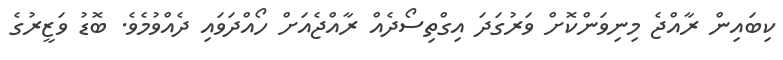
ކިބައިން ރާއްޖެ މިނިވަންކޮށް ވަރުގަދަ އިގްތިސޯދެއް ރާއްޖެއަށް ހޯއްދަވައި ދެއްވުމެވެ. ބޮޑު ވަޒީރުގެ